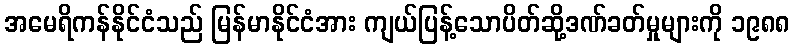
အမေရိကန်နိုင်ငံသည် မြန်မာနိုင်ငံအား ကျယ်ပြန့်သောပိတ်ဆို့ဒဏ်ခတ်မှုများကို ၁၉၈၈